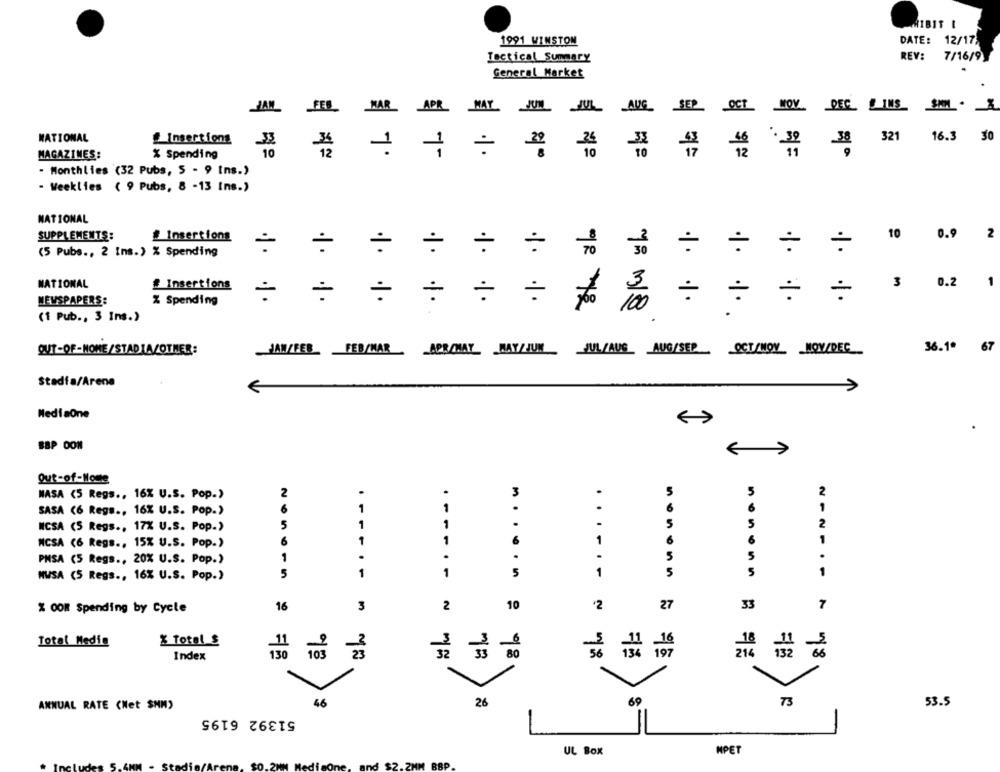
HIBIT I
1991 WINSTON
DATE:
12/17
Tactical Summary
REV:
7/16/9
General Market
APR MAYJUN JJUL AUG SEP OCT WOV. DEC SIMS
NATIONAL
Insertions
321
16.3 30
% Spending
1
7-
:
MAGAZINES:
- Monthlies (32 Pubs, 5 - 9 Ins.)
- Weeklies ( 9 Pubs, 8 -13 Ins.)
NATIONAL
SUPPLEMENTS:
# Insertions
10
0.9
2
(5 Pubs ., 2 Ins.) % Spending
..
:
1.
TO
NATIONAL
# Insertions
3
0.2
1
NEWSPAPERS:
% Spending
..
.1. 1
.1. %
to
7: 3/8
.1. 1 ..
(1 Pub ., 3 Ins.)
.
36.1º
67
OUT-OF-HOME/STADIA/OTHER:
JAN/FEB FEB/MAR
APR/WAY_ WAY/JUN JUL/AUS AUG/SEP
OCT/WOY NOV/DEC
Stadfa/Arene
€
MediaOne
out-of-Monte
MASA (5 Regs ., 16% U.S. Pop.)
2
3
5
6
1
1
6
SASA (6 Regs ., 16% U.S. Pop.)
5
1
5
NCSA (5 Regs ., 17% U.S. Pop.)
1
5
2
6
1
NCSA (6 Regs ., 15% U.S. Pop.)
1
1
....
6
1
5
PHSA (5 Regs ., 20% U.S. Pop.)
.
5
MWSA (5 Regs ., 16% U.S. Pop.)
5
1
1
5
..... 5
5
5
1
% OOm Spending by Cycle
16
3
2
10
'2
27
33
7
% Total $
Total Media
Index
130
103
98
=8
46
26
60
73
53.5
ANNUAL RATE (Net $MM)
51392 6195
MPET
UL Box
$2.2MM BBP